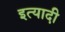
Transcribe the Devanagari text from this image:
इत्यादी